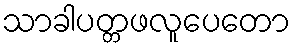
သာခါပတ္တဖလူပေတော